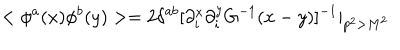
LaTeX: < \phi ^ { a } ( x ) \phi ^ { b } ( y ) > = 2 \delta ^ { a b } [ \partial _ { i } ^ { x } \partial _ { i } ^ { y } G ^ { - 1 } ( x - y ) ] ^ { - 1 } | _ { p ^ { 2 } > M ^ { 2 } }